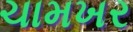
ચામખર